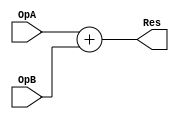
//sumador de ancho parmetrizable
module AdderN
#(
	parameter 	DataABusWidth = 32,
					DataBBusWidth = 32
)
(
	input wire	[DataABusWidth-1:0]OpA,
	input wire	[DataBBusWidth-1:0]OpB,
	output	wire [DataABusWidth:0] Res
);

assign Res = OpA + OpB;
endmodule //<nombre>